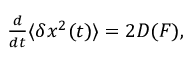
\begin{array} { r } { \frac { d } { d t } \langle \delta x ^ { 2 } ( t ) \rangle = 2 D ( F ) , } \end{array}